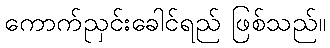
ကောက်ညှင်းခေါင်ရည် ဖြစ်သည်။